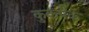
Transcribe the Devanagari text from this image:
कुकपैक